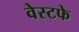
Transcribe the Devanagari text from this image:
वेस्टफे